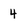
Character: 4